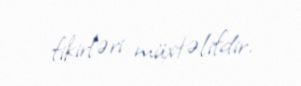
fikirləri müxtəlifdir.